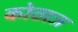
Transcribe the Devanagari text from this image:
कोठाज